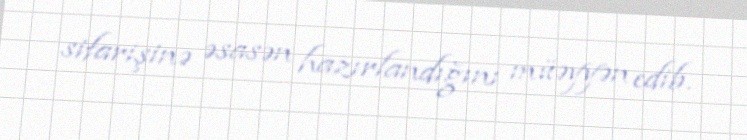
sifarişinə əsasən hazırlandığını müəyyən edib.